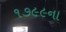
૧૭૯૯ના